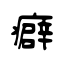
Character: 癖